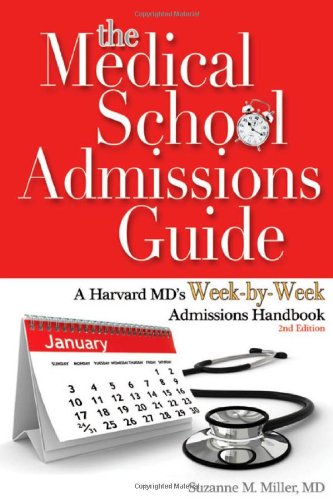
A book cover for The Medical School Admissions Guide: A Harvard MD's Week-By-Week Admissions Handbook, 2nd Edition; Suzanne M. Miller; Education & Teaching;